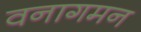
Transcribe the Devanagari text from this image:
वनागमन